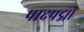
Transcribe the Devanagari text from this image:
पादपद्मों